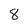
Character: 8